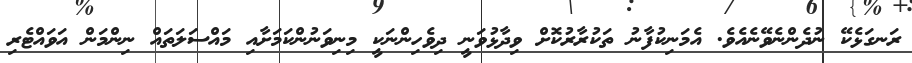
ރަނގަޅެކޭ ނުދެންނެވޭނެއެވެ. އެމަނިކުފާނު ތަކުރާރުކޮށް ވިދާޅުވަނީ ދިވެހިންނަކީ މިނިވަނުންކަމަށާއި މައްސަލަތައް ނިންމަން އަވައްޓެރި